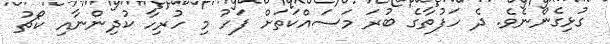
ގުޅިގެންނެވެ. ދެ ހަފުތާގެ ބުރަ މަސައްކަތަށް ފަހު މި ހުރިހާ ކުދިންނާއި ކޯޗު